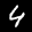
Label: 4